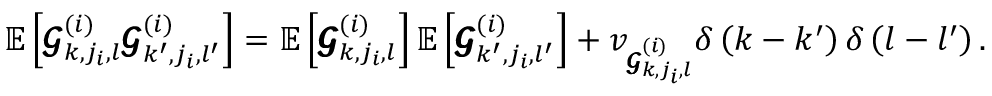
\mathbb { E } \left[ \pmb { \mathscr { G } } _ { k , j _ { i } , l } ^ { ( i ) } \pmb { \mathscr { G } } _ { k ^ { \prime } , j _ { i } , l ^ { \prime } } ^ { ( i ) } \right] = \mathbb { E } \left[ \pmb { \mathscr { G } } _ { k , j _ { i } , l } ^ { ( i ) } \right] \mathbb { E } \left[ \pmb { \mathscr { G } } _ { k ^ { \prime } , j _ { i } , l ^ { \prime } } ^ { ( i ) } \right] + v _ { \pmb { \mathscr { G } } _ { k , j _ { i } , l } ^ { ( i ) } } \delta \left( k - k ^ { \prime } \right) \delta \left( l - l ^ { \prime } \right) .